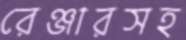
রেঞ্জারসহ